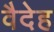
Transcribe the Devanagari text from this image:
वैदेह